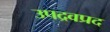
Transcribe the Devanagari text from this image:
उपद्रवप्रद